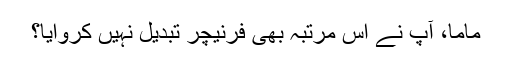
ماما، آپ نے اس مرتبہ بھی فرنیچر تبدیل نہیں کروایا؟